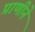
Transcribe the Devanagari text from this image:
प्राणीने